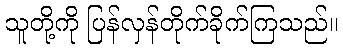
သူတို့ကို ပြန်လှန်တိုက်ခိုက်ကြသည်။